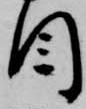
目